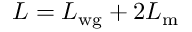
L = L _ { \mathrm { w g } } + 2 L _ { \mathrm { m } }